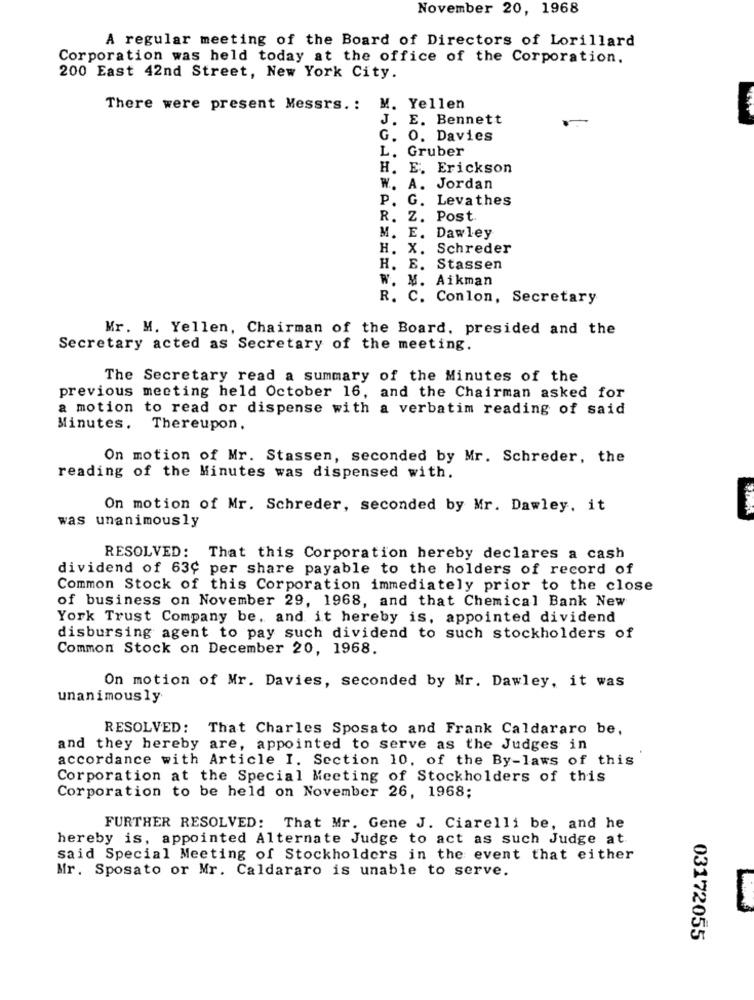
November 20, 1968
A regular meeting of the Board of Directors of Lorillard
Corporation was held today at the office of the Corporation.
200 East 42nd Street, New York City.
There were present Messrs. :
M. Yellen
J. E. Bennett
G. O. Davies
L. Gruber
H. E. Erickson
W. A. Jordan
P. G. Levathes
R. Z. Post.
M. E. Dawley
H. X. Schreder
H. E. Stassen
W. M. Aikman
R. C. Conlon, Secretary
Mr. M. Yellen, Chairman of the Board, presided and the
Secretary acted as Secretary of the meeting.
The Secretary read a summary of the Minutes of the
previous meeting held October 16, and the Chairman asked for
a motion to read or dispense with a verbatim reading of said
Minutes. Thereupon,
On motion of Mr. Stassen, seconded by Mr. Schreder, the
reading of the Minutes was dispensed with.
On motion of Mr. Schreder, seconded by Mr. Dawley. it
was unanimously
RESOLVED: That this Corporation hereby declares a cash
dividend of 63℃ per share payable to the holders of record of
Common Stock of this Corporation immediately prior to the close
of business on November 29, 1968, and that Chemical Bank New
York Trust Company be, and it hereby is, appointed dividend
disbursing agent to pay such dividend to such stockholders of
Common Stock on December 20, 1968.
On motion of Mr. Davies, seconded by Mr. Dawley, it was
unanimously
RESOLVED: That Charles Sposato and Frank Caldararo be,
and they hereby are, appointed to serve as the Judges in
accordance with Article I. Section 10, of the By-laws of this
Corporation at the Special Meeting of Stockholders of this
Corporation to be held on November 26, 1968;
FURTHER RESOLVED: That Mr. Gene J. Ciarelli be, and he
hereby is, appointed Alternate Judge to act as such Judge at.
said Special Meeting of Stockholders in the event that either
Mr. Sposato or Mr. Caldararo is unable to serve.
03172055